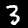
Digit: 3